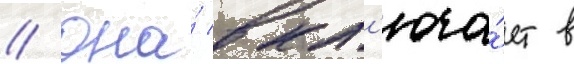
// Она́ вкл'юча́ет в